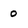
Character: 0